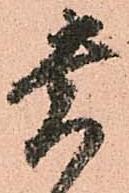
貴